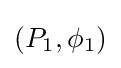
(P_{1},\phi _{1})